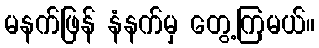
မနက်ဖြန် နံနက်မှ တွေ့ကြမယ်။